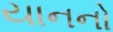
યાનનો